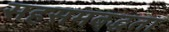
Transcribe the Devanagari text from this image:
सहसमबद्धता